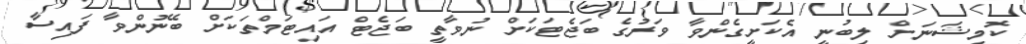
ކޮމިޝަނަށް ލިބުނީ އެކަށީގެންވާ ވަރުގެ ބަޖެޓަކަށް ނުވާތީ ބަޖެޓް އައިޓަމްތަކަށް ބޭނުންވާ ފައިސާ